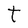
Character: t